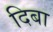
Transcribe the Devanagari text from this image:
दिबा